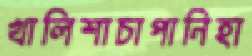
খালিশাচাপানিহা